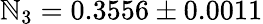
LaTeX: \mathbb{N}_{3}=0.3556\pm0.0011